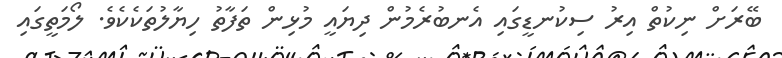
ބޭރަށް ނިކުތް އިރު ސިކުނޑީގައި އެނބުރެމުން ދިޔައީ މުޅިން ތަފާތު ހިޔާލުތަކެކެވެ. ލޯމަތީގައި